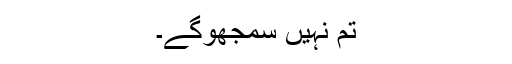
تم نہیں سمجھوگے۔